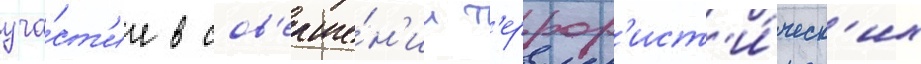
уча́ст'ие в сов'ерше́н'ии т'еррор'ист'и́ческ'их